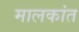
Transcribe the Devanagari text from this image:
मालकांत